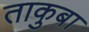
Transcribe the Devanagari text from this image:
ताकुबा